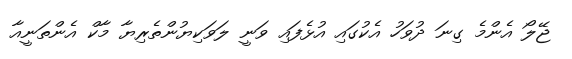
ޖޭލޯ އެންމެ ގިނަ ދުވަހު އެކުގައި އުޅެފައި ވަނީ ލަވަކިޔުންތެރިޔާ މާކް އެންތަނީއާ